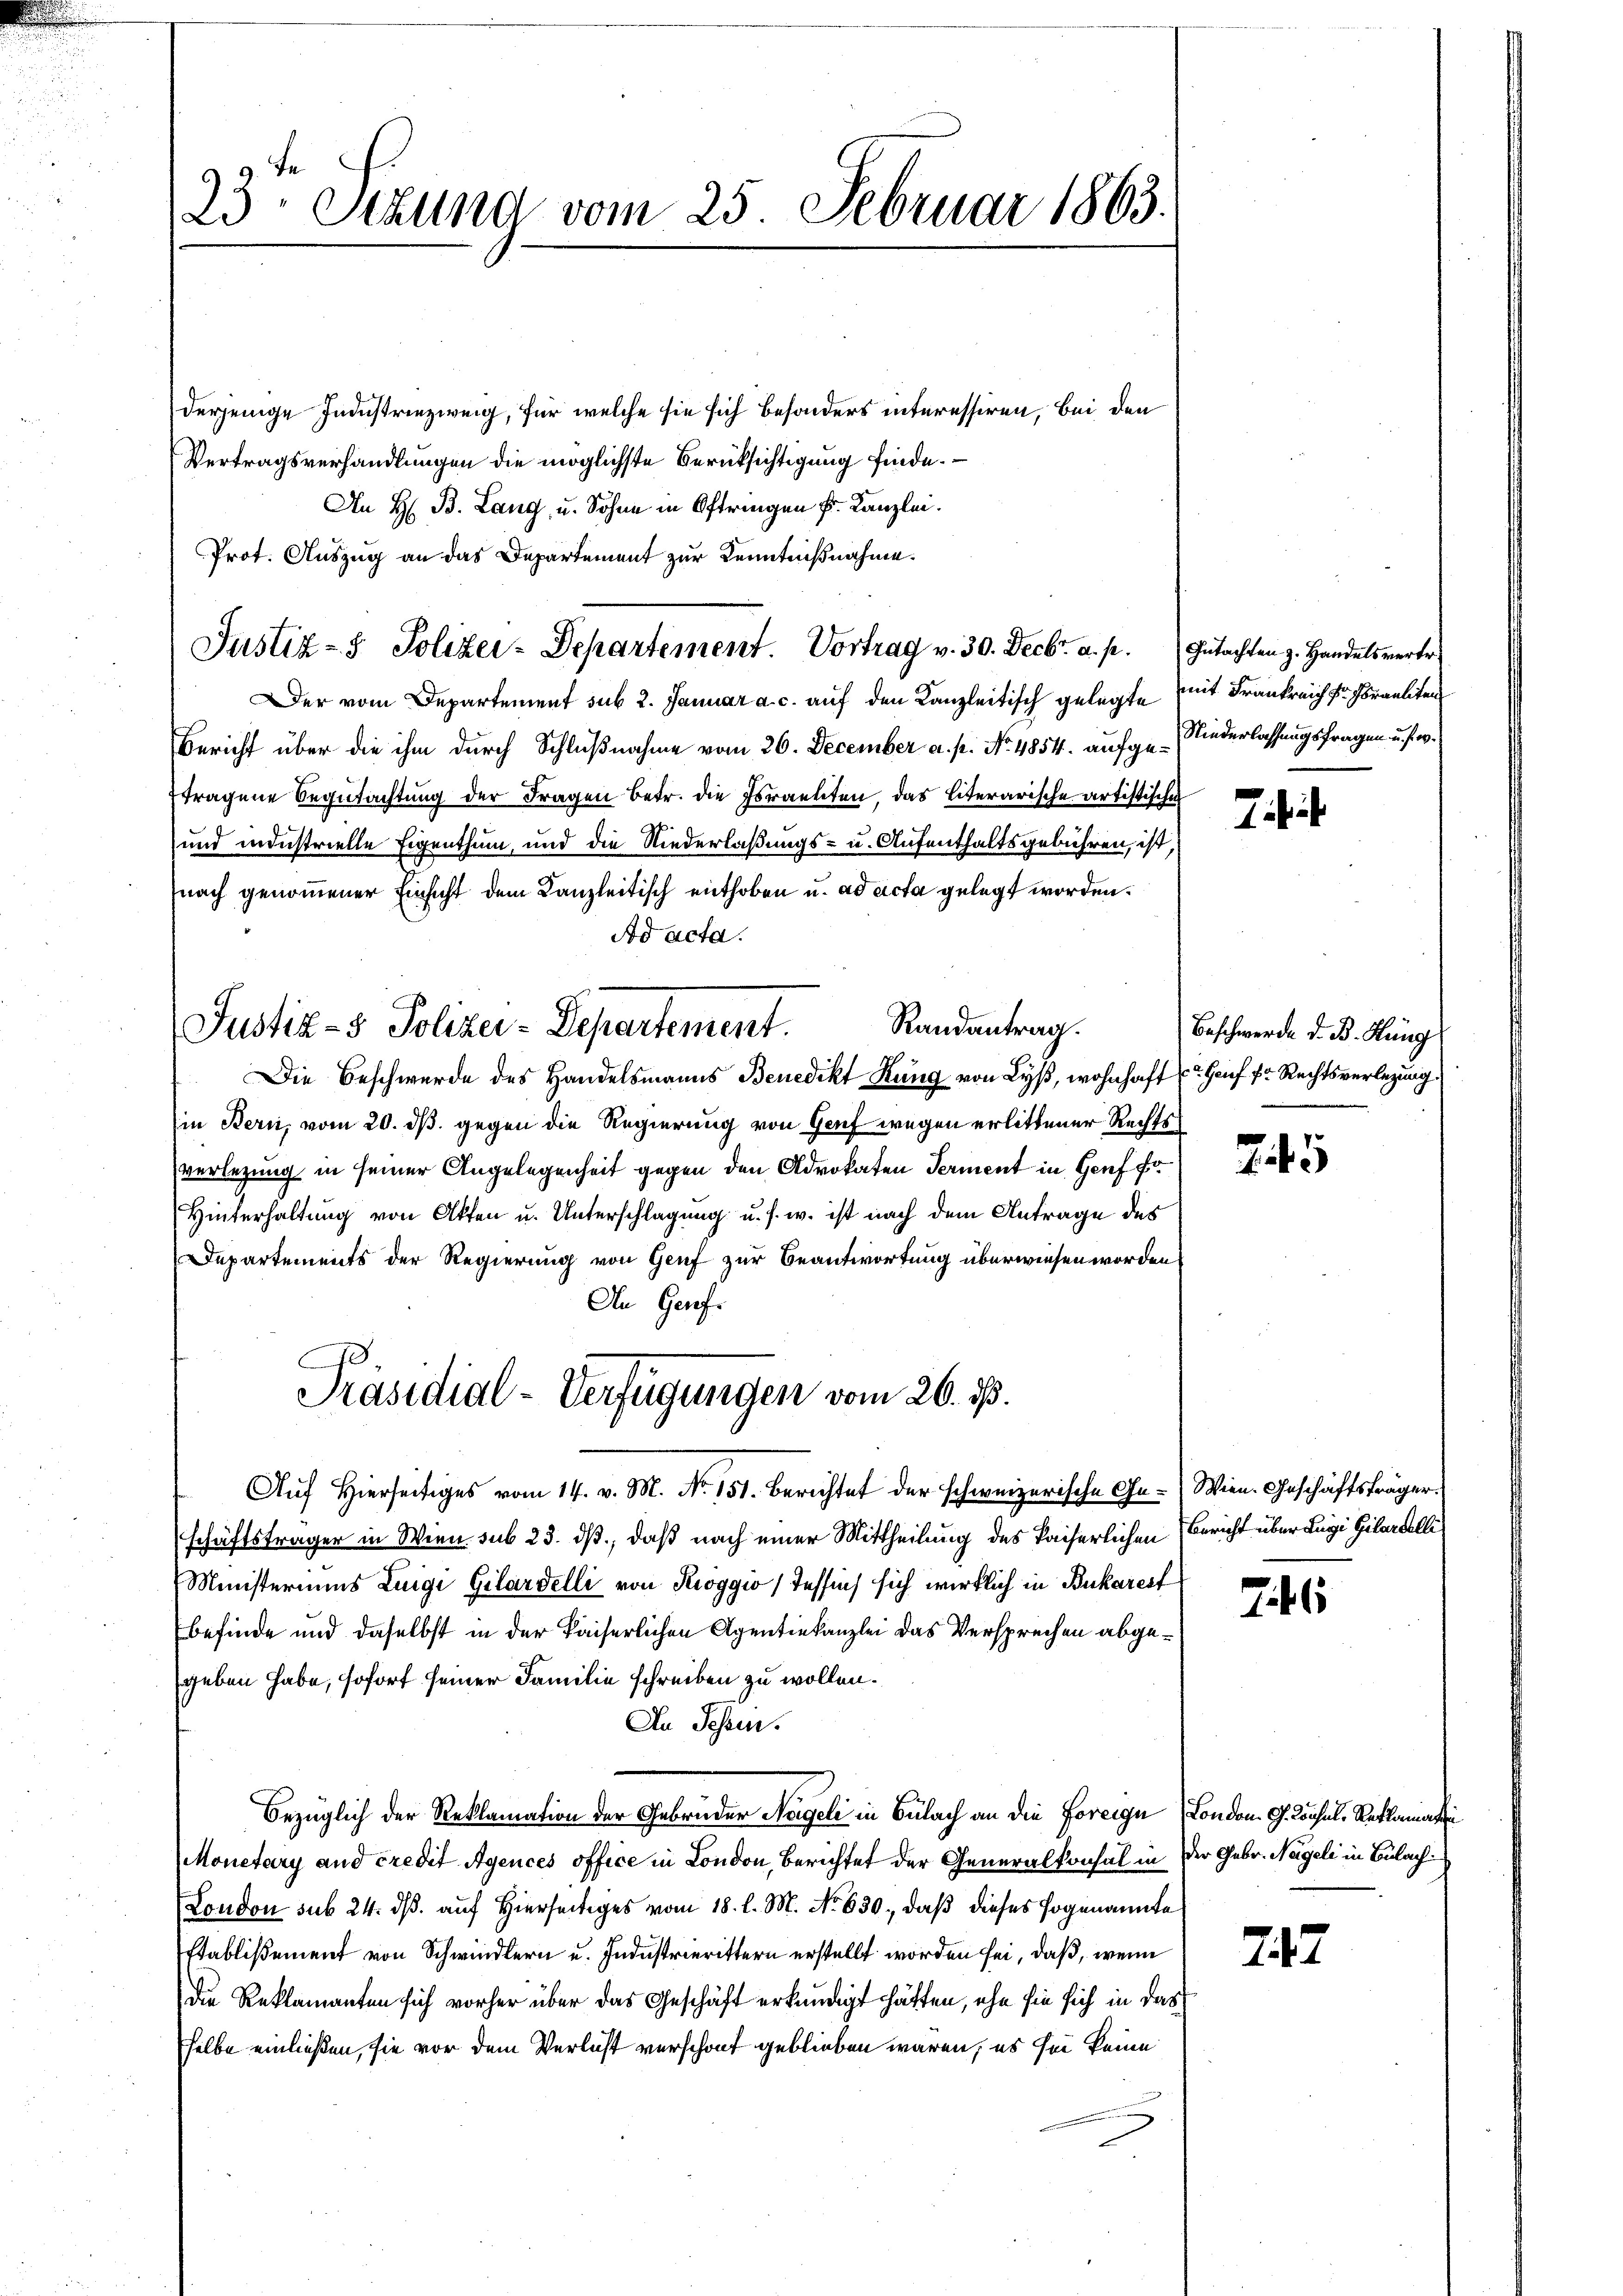
23 Setzung vom 25. Februar 1863.

derjenige Industriezweig, für welche sie sich besonders interessiren, bei den
Vertragsverhandlungen die möglichste Berücksichtigung finde.
An H. B. Lang, u. Sohne in Oftringen k. Kanzlei.
Prot. Auszug an das Departement zur Kenntnißnahme.
Der vom Departement sub 2. Januar a. c. auf den Kanzleitisch gelegte mit Frankreich Fr. praeliten
Bericht über die ihm durch Schlußnahme vom 26. December a. p. No 4854. aufge-Niederlassungsfragen u. s. w.
ftragene Begutachtung der Fragen betr. die Israeliten, das literarische artistischen
und industrielle Eigenthum, und die Niederlaßungs- u. Aufenthaltsgebühren, ist,
nach genommener Einsicht dem Kanzleitisch enthoben u. ad acta gelegt worden.
Ad acta.
Randantrag.
Die Beschwerde des Handelsmanns Benedikt Rung von Lyß, wohnhaft u. Genf fr. Rechtsverlegung
in Bern, vom 20. ds. gegen die Regierung von Genf wegen erlittener Rechts
verlegung in seiner Angelegenheit gegen den Advokaten Terment in Genf fr
Hinterhaltung von Akten u. Unterschlagung u. s. w. ist nach dem Antrage des
Departements der Regierung von Genf zur Beantwortung überwiesen worden
An Genf.
Präsidial-Verfügungen vom 26. ds.
Aŭf Hierseitiges vom 14. v. M. No. 151. Berichtet der schweizerische Ge-Wien. Geschäftsträger
schäftsträger in Wien sub 23. dß, daß nach einer Mittheilung des Kaiserlichen Bericht über Lugi Gilardelli
Ministeriums Luigi Gilardelli von Rioggio, Tessi sich wirklich in Bukarest
befinde und daselbst in der kaiserlichen Agentiekanzlei das Versprechen abgegeben habe, sofort seiner Familie schreiben zu wollen.
An Schen.
bezüglich der Reklamation der Gebrüder Nageli in Bülach an die Foreige London. G. Kochel, Reklamatin
Monetary und credit Agences office in London, Berichtet der Generalkonsal in der Gebr. Neigel in Bülach
London sub 24. dß auf Hierseitiges vom 18. l. M. No 630. daß dieses sogenannte
Etablißement von Schwindlern u. Industrierittern erstellt worden sei, daß, wenn
Die Reklamanten sich vorher über das Geschäft erkundigt hätten, ehe sie sich in das
selbe einließen, sie vor dem Verlust verschont geblieben wären, es sei keine

Justiz- & Polizei-Departement.

Justiz- & Polizei-Departement. Vortrag v. 30. Decbr. a. p. Gutachten z. Handelsvertr.

Beschwerde d. B. Hung

245

765

247